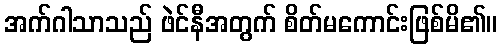
အက်ဂါသာသည် ဖဲင်နီအတွက် စိတ်မကောင်းဖြစ်မိ၏။